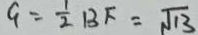
9 = \frac { 1 } { 2 } B F = \sqrt { 1 3 }